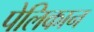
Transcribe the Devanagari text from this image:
पेलिकान